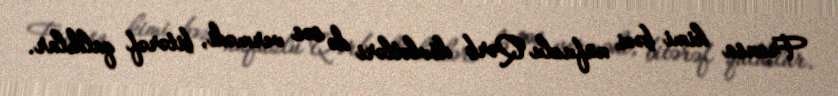
Fransa kimi bəzi nüfuzlu Qərb dövlətləri də səs vermədi, bitərəf qaldılar.